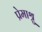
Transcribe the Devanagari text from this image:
प्रेमाश्रु